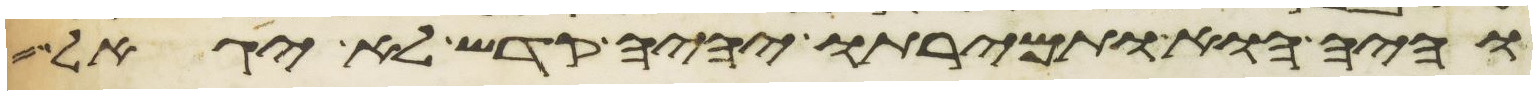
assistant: והיה הוא ותמירתו יהיה קדש לא יגאל